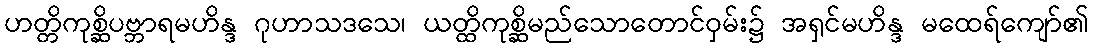
ဟတ္တိကုစ္ဆိပဗ္ဘာရမဟိန္ဒ ဂုဟာသဒသေ၊ ယတ္ထိကုစ္ဆိမည်သောတောင်ဝှမ်း၌ အရှင်မဟိန္ဒ မထေရ်ကျော်၏